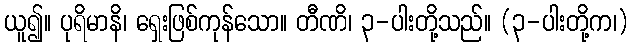
ယူ၍။ ပုရိမာနိ၊ ရှေးဖြစ်ကုန်သော။ တီဏိ၊ ၃-ပါးတို့သည်။ (၃-ပါးတို့က၊)